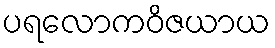
ပရလောကဝိဇယာယ